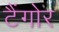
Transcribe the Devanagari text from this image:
टैंगोर